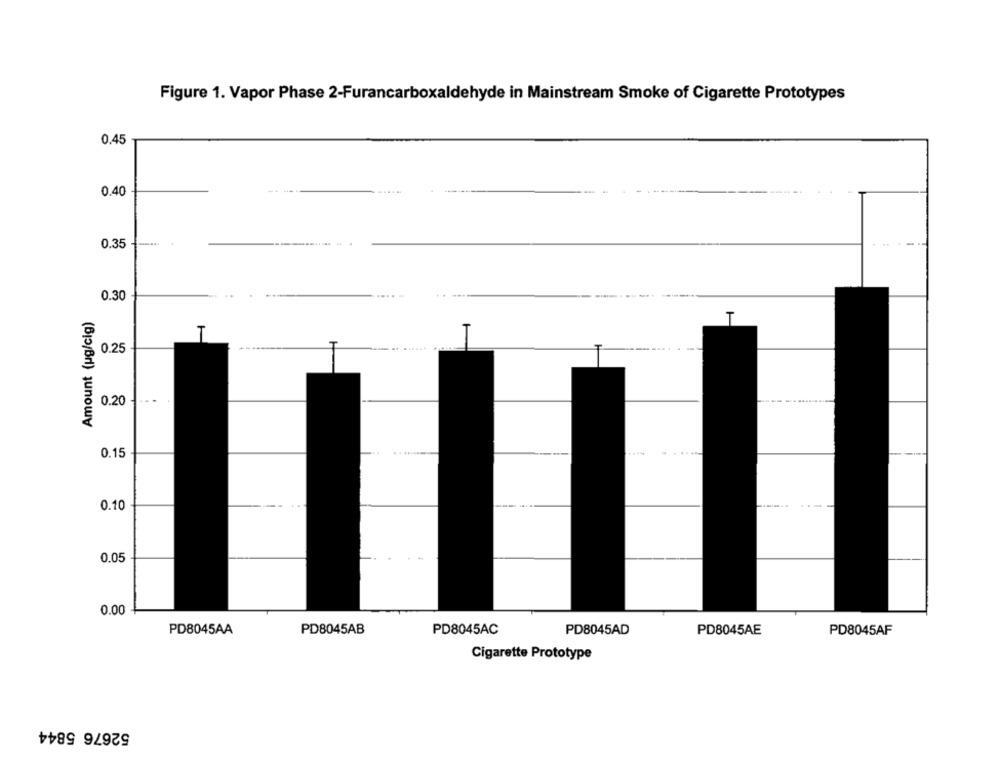
Figure 1. Vapor Phase 2-Furancarboxaldehyde in Mainstream Smoke of Cigarette Prototypes
0.45
0.40
0.35
-
0.30
Amount (ug/cig)
T
0.25
0.20
...
0.15
0.10
0.05
0.00
PD8045AA
PD8045AB
PD8045AC
PD8045AD
PD8045AE
PD8045AF
Cigarette Prototype
52676 5844